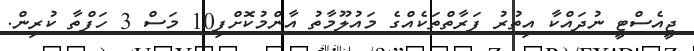
ޖީއެސްޓީ ނުދައްކާ އިތުރު ފަރާތްތަކެއްގެ މައުލޫމާތު އާންމުކޮށްފި10 މަސް 3 ހަފްތާ ކުރިން.